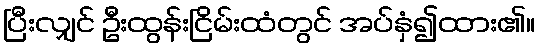
ပြီးလျှင် ဦးထွန်းငြိမ်းထံတွင် အပ်နှံ၍ထား၏။